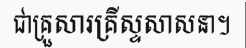
ជាគ្រួសារគ្រីស្ទសាសនា។